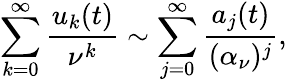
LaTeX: \sum_{k=0}^{\infty}{\frac{u_{k}(t)}{\nu^{k}}}\sim\sum_{j=0}^{\infty}{\frac{a_{j}(t)}{(\alpha_{\nu})^{j}}},